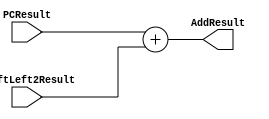
`timescale 1ns / 1ps

module Adder(PCResult, ShiftLeft2Result, AddResult);

    input [31:0] PCResult, ShiftLeft2Result;

    output reg [31:0] AddResult;

    /* Please fill in the implementation here... */
    always @(*) begin
        AddResult <= PCResult + ShiftLeft2Result;
    end
    
endmodule